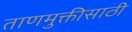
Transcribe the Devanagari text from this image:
ताणमुक्तीसाठी